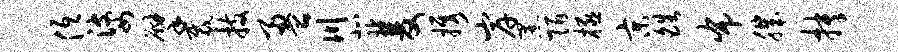
低婆擘裁技盈川北双携岸黑陌极京皓布肌抉